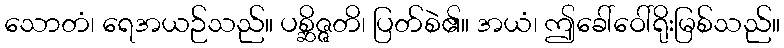
သောတံ၊ ရေအယဉ်သည်။ ပစ္ဆိဇ္ဇတိ၊ ပြတ်စဲ၏။ အယံ၊ ဤခေါ်ဝေါ်ရိုးမြစ်သည်။